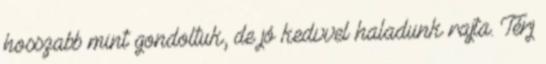
hosszabb mint gondoltuk, de jó kedvvel haladunk rajta. Térj